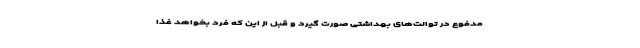
مدفوع در توالت‌های بهداشتی صورت گیرد و قبل از این که فرد بخواهد غذا